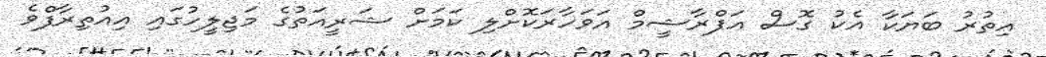
އިތުރު ބަޔަކާ އެކު ގޮސް އަފްރާޝީމް އަވަހާރަކޮށްލި ކަމަށް ޝަރީއަތުގެ މަޖިލީހުގައި އިއުތިރާފްވެ